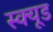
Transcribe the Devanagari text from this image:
स्क्यूड